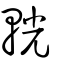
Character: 輄